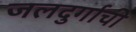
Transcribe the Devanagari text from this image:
जलदुर्गाची